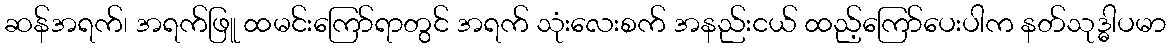
ဆန်အရက်၊ အရက်ဖြူ ထမင်းကြော်ရာတွင် အရက် သုံးလေးစက် အနည်းငယ် ထည့်ကြော်ပေးပါက နတ်သုဒ္ဓါပမာ